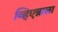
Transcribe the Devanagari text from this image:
व्हिएन्नाला